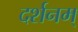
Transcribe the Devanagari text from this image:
दर्शनम्‌